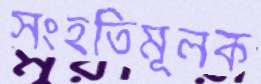
সংহতিমূলক